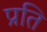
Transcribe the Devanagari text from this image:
प्रति